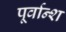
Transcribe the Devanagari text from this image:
पूर्वान्श